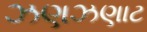
ઝણઝણાટ